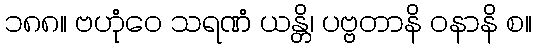
၁၈၈။ ဗဟုံဝေ သရဏံ ယန္တိ၊ ပဗ္ဗတာနိ ဝနာနိ စ။